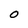
Character: 0